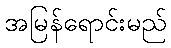
အမြန်ရောင်းမည်